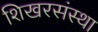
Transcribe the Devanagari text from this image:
शिखरसंस्था